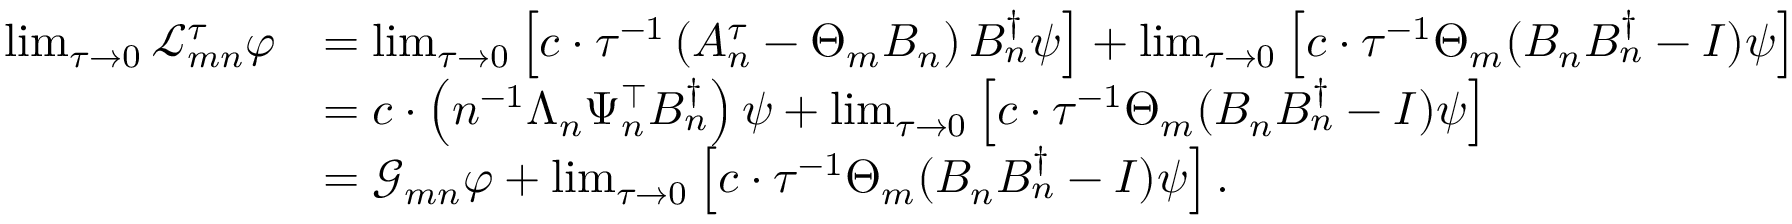
\begin{array} { r l } { \operatorname* { l i m } _ { \tau \to 0 } \mathcal { L } _ { m n } ^ { \tau } \varphi } & { = \operatorname* { l i m } _ { \tau \to 0 } \left[ \boldsymbol { c } \cdot \tau ^ { - 1 } \left( A _ { n } ^ { \tau } - \Theta _ { m } B _ { n } \right) B _ { n } ^ { \dagger } \boldsymbol { \psi } \right] + \operatorname* { l i m } _ { \tau \to 0 } \left[ \boldsymbol { c } \cdot \tau ^ { - 1 } \Theta _ { m } ( B _ { n } B _ { n } ^ { \dagger } - I ) \boldsymbol { \psi } \right] } \\ & { = \boldsymbol { c } \cdot \left( n ^ { - 1 } \Lambda _ { n } \Psi _ { n } ^ { \top } B _ { n } ^ { \dagger } \right) \boldsymbol { \psi } + \operatorname* { l i m } _ { \tau \to 0 } \left[ \boldsymbol { c } \cdot \tau ^ { - 1 } \Theta _ { m } ( B _ { n } B _ { n } ^ { \dagger } - I ) \boldsymbol { \psi } \right] } \\ & { = \mathcal { G } _ { m n } \varphi + \operatorname* { l i m } _ { \tau \to 0 } \left[ \boldsymbol { c } \cdot \tau ^ { - 1 } \Theta _ { m } ( B _ { n } B _ { n } ^ { \dagger } - I ) \boldsymbol { \psi } \right] . } \end{array}